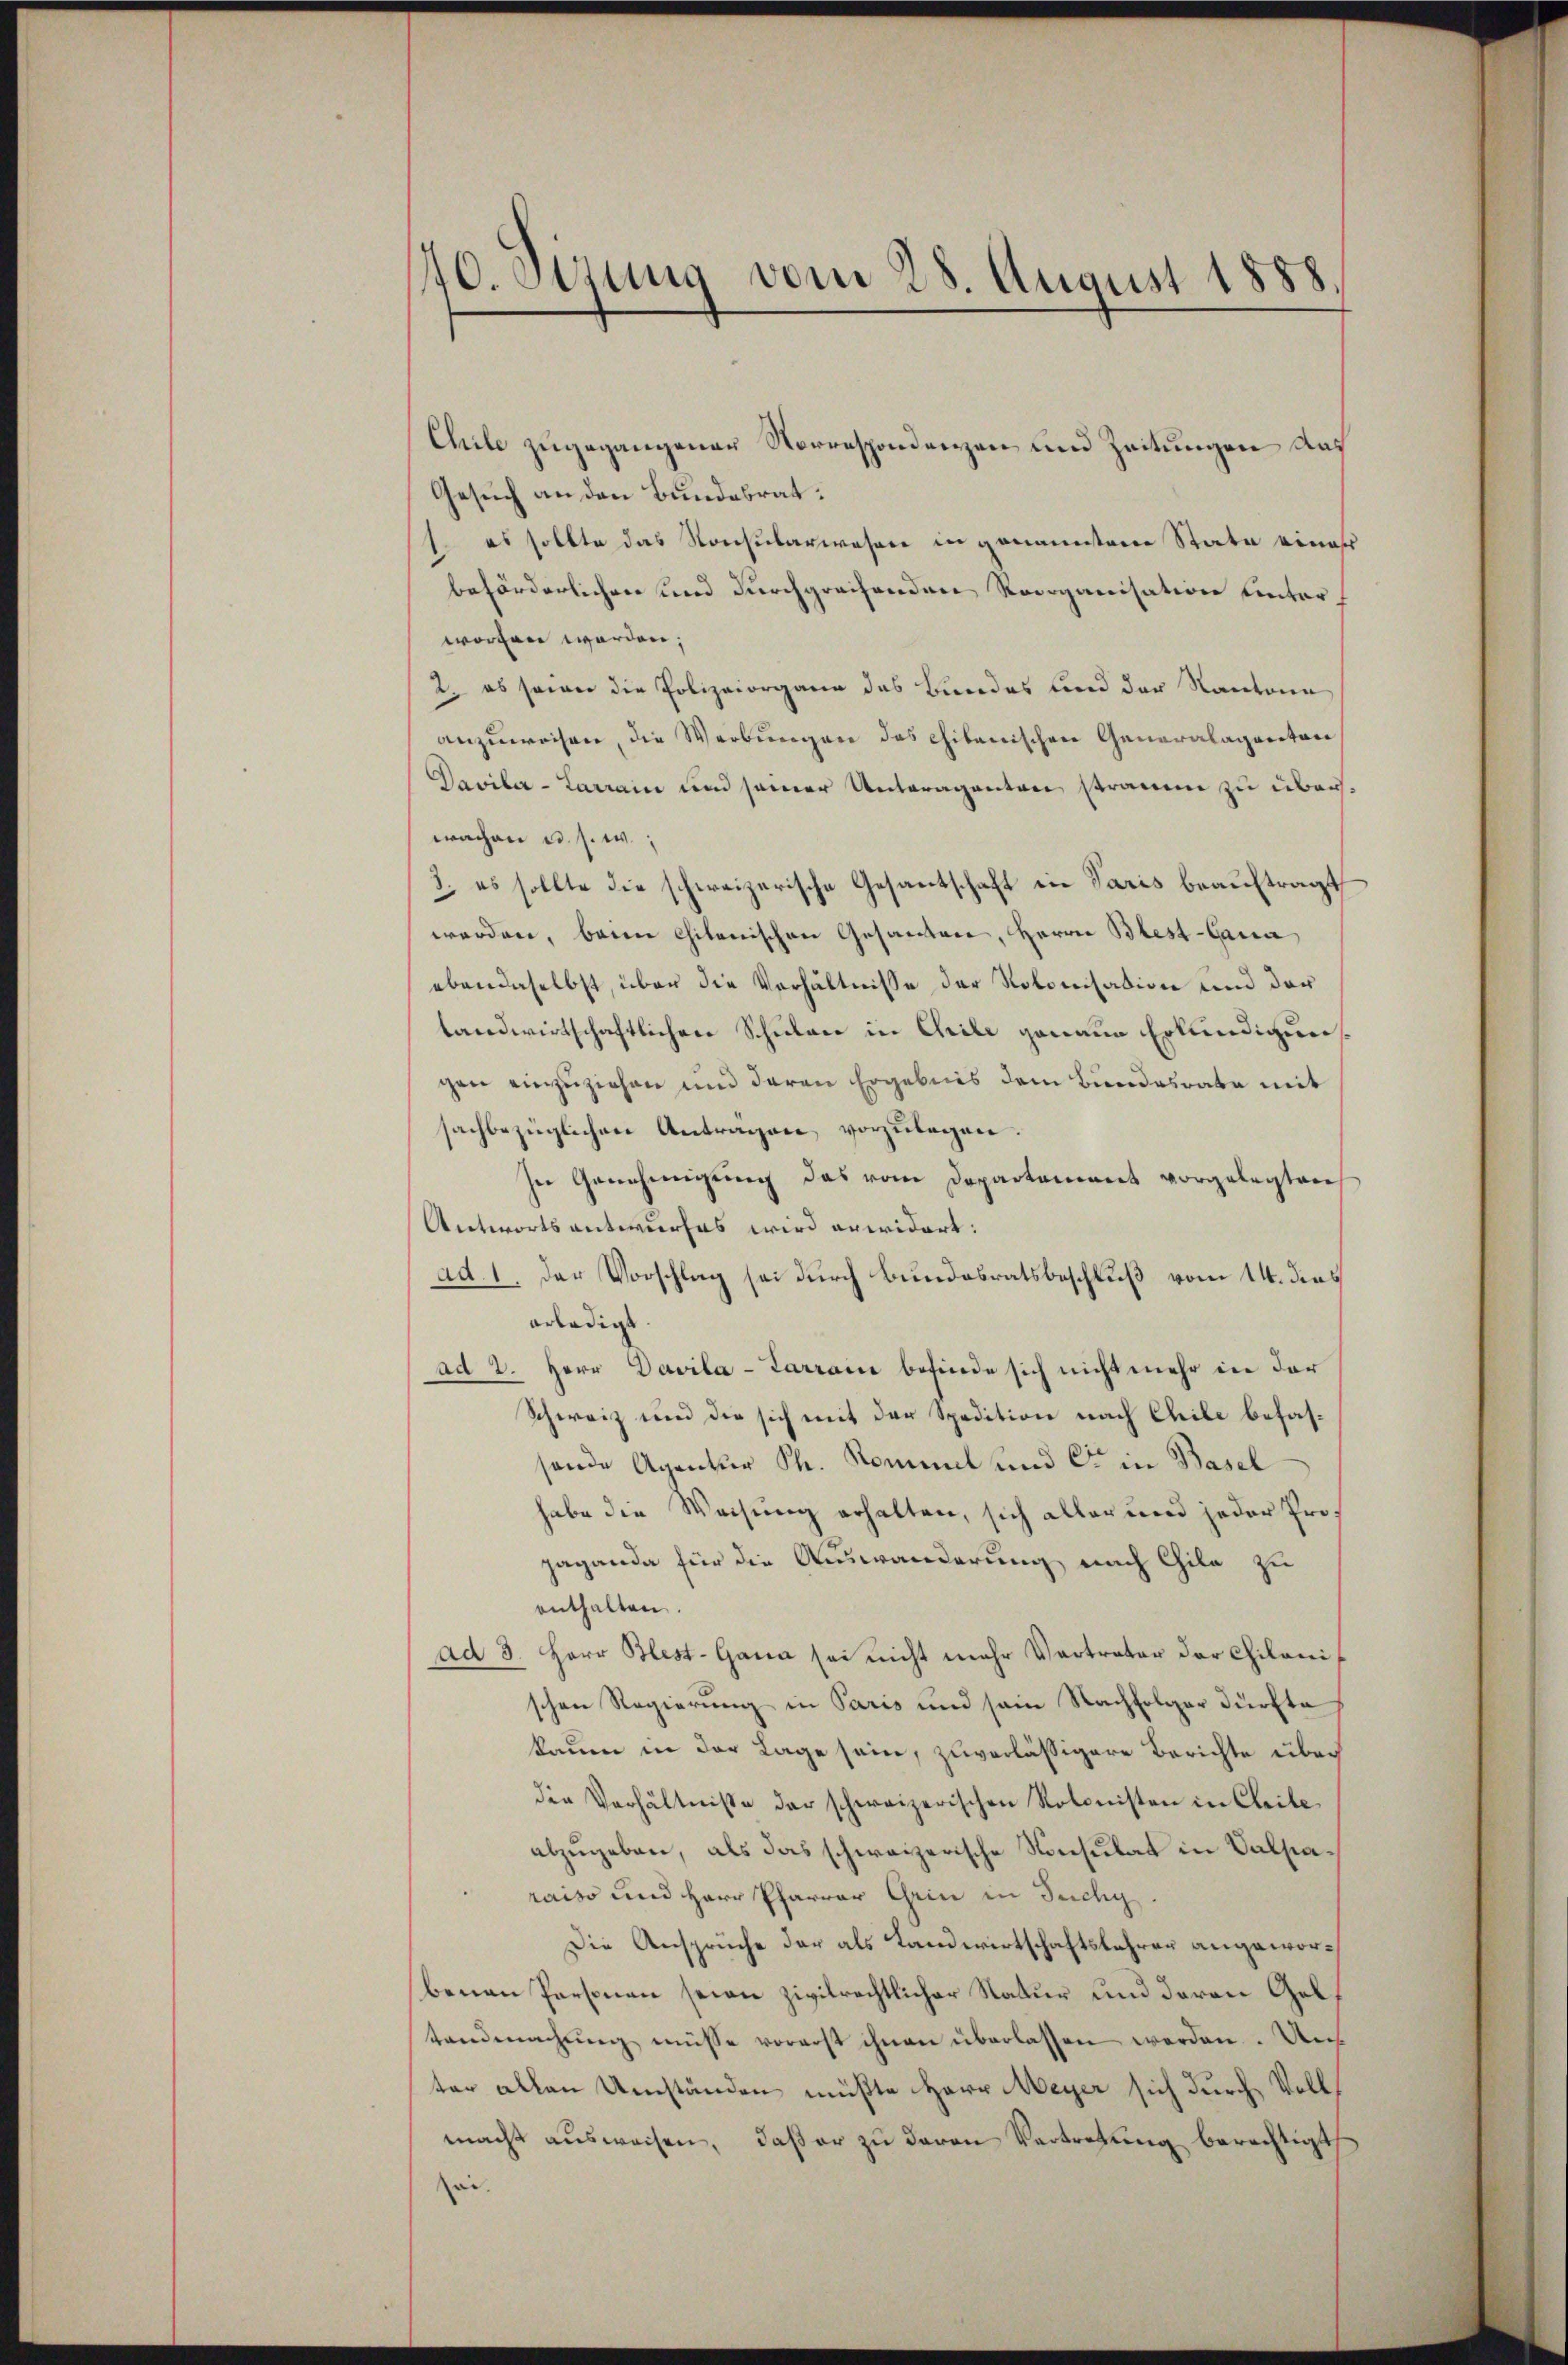
140. Dezung vom 28. August 1888.

Chile zugegangener Norrespondenzen und Zeitungen das
Gesuch an den Bundesrat:
1. es sollte das Konsularwesen in genannten State einer
beförderlichen und durchgreifenden Reorganisation untert
worten werden;
2. es seiner die Polizeiorgane das Bundes und der Kantone
anzuweisen, die Werbungen das citanischen Generalaganton
Daviber-Larrain und seiner Unteragenten straum zu überwachen u. s. w.
3. es sollte die schweizerische Gesantschaft in Paris beauftragt
werden, beim Chitonischen Gesanten, Herrn Blest-Cana
ebendaselbst, über die Verhältnisse der Notonisation und der
landwirtschaftlichere Schulare in Chrile genaue Erkundigung
gen einzuziehen und daran Ergebnis dem Bundesrata mit
sachbezüglichen Antragen, vorzulegen.
In Genehmigung das vom Departement vorgelegten
Antworts antwurfes wird anwidert:
ad. 1. Der Vorschlag sei durch Bundesratsbeschluß vom 14. dies
erledigt.
ad 2. Herr Davila-Sarrance befinde sich nicht mehr in der
Schweiz und die sich mit der Spedition nach Chile befassende Agentur St. Kommel und C in Basel
habe die Weisung erhalten, sich aller und jeder Progaganda für die Auswanderung, nach Chila zu
enthalten.
ad 3. Herr Blest-Gana sei nicht mehr Vertreter der Chilanischen Regierung in Paris und sein Nachfolger dürfte
kaum in der Lage sein, zuverlässigere Berichte über
die Verhältnisse der schweizerischen Kolonisten in Cleite
abzugeben, als das schweizerische Konsulat in Salsiaraiso und Herr Pfarrer Grin in Tuchy.
Die Ansprüche der als Landwirtschaftslehrer angeworbenen Personen seien zivilrechtlicher Natur und deren Geltandmachŭng müsse vorerst ihnen überlassen werden. Un
ter allen Umständen müßte Herr Meyer sich durch Voll
macht ausweisen, daß er zu deren Vertretung berechtigt
wie.